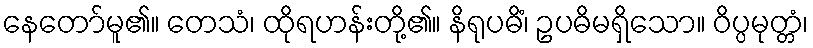
နေတော်မူ၏။ တေသံ၊ ထိုရဟန်းတို့၏။ နိရုပဓိံ၊ ဥပဓိမရှိသော။ ဝိပ္ပမုတ္တံ၊